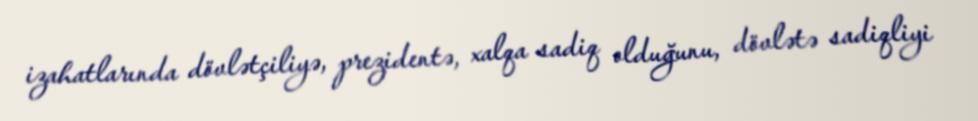
izahatlarında dövlətçiliyə, prezidentə, xalqa sadiq olduğunu, dövlətə sadiqliyi